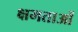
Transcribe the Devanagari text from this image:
क्षमताआें